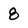
Character: 8